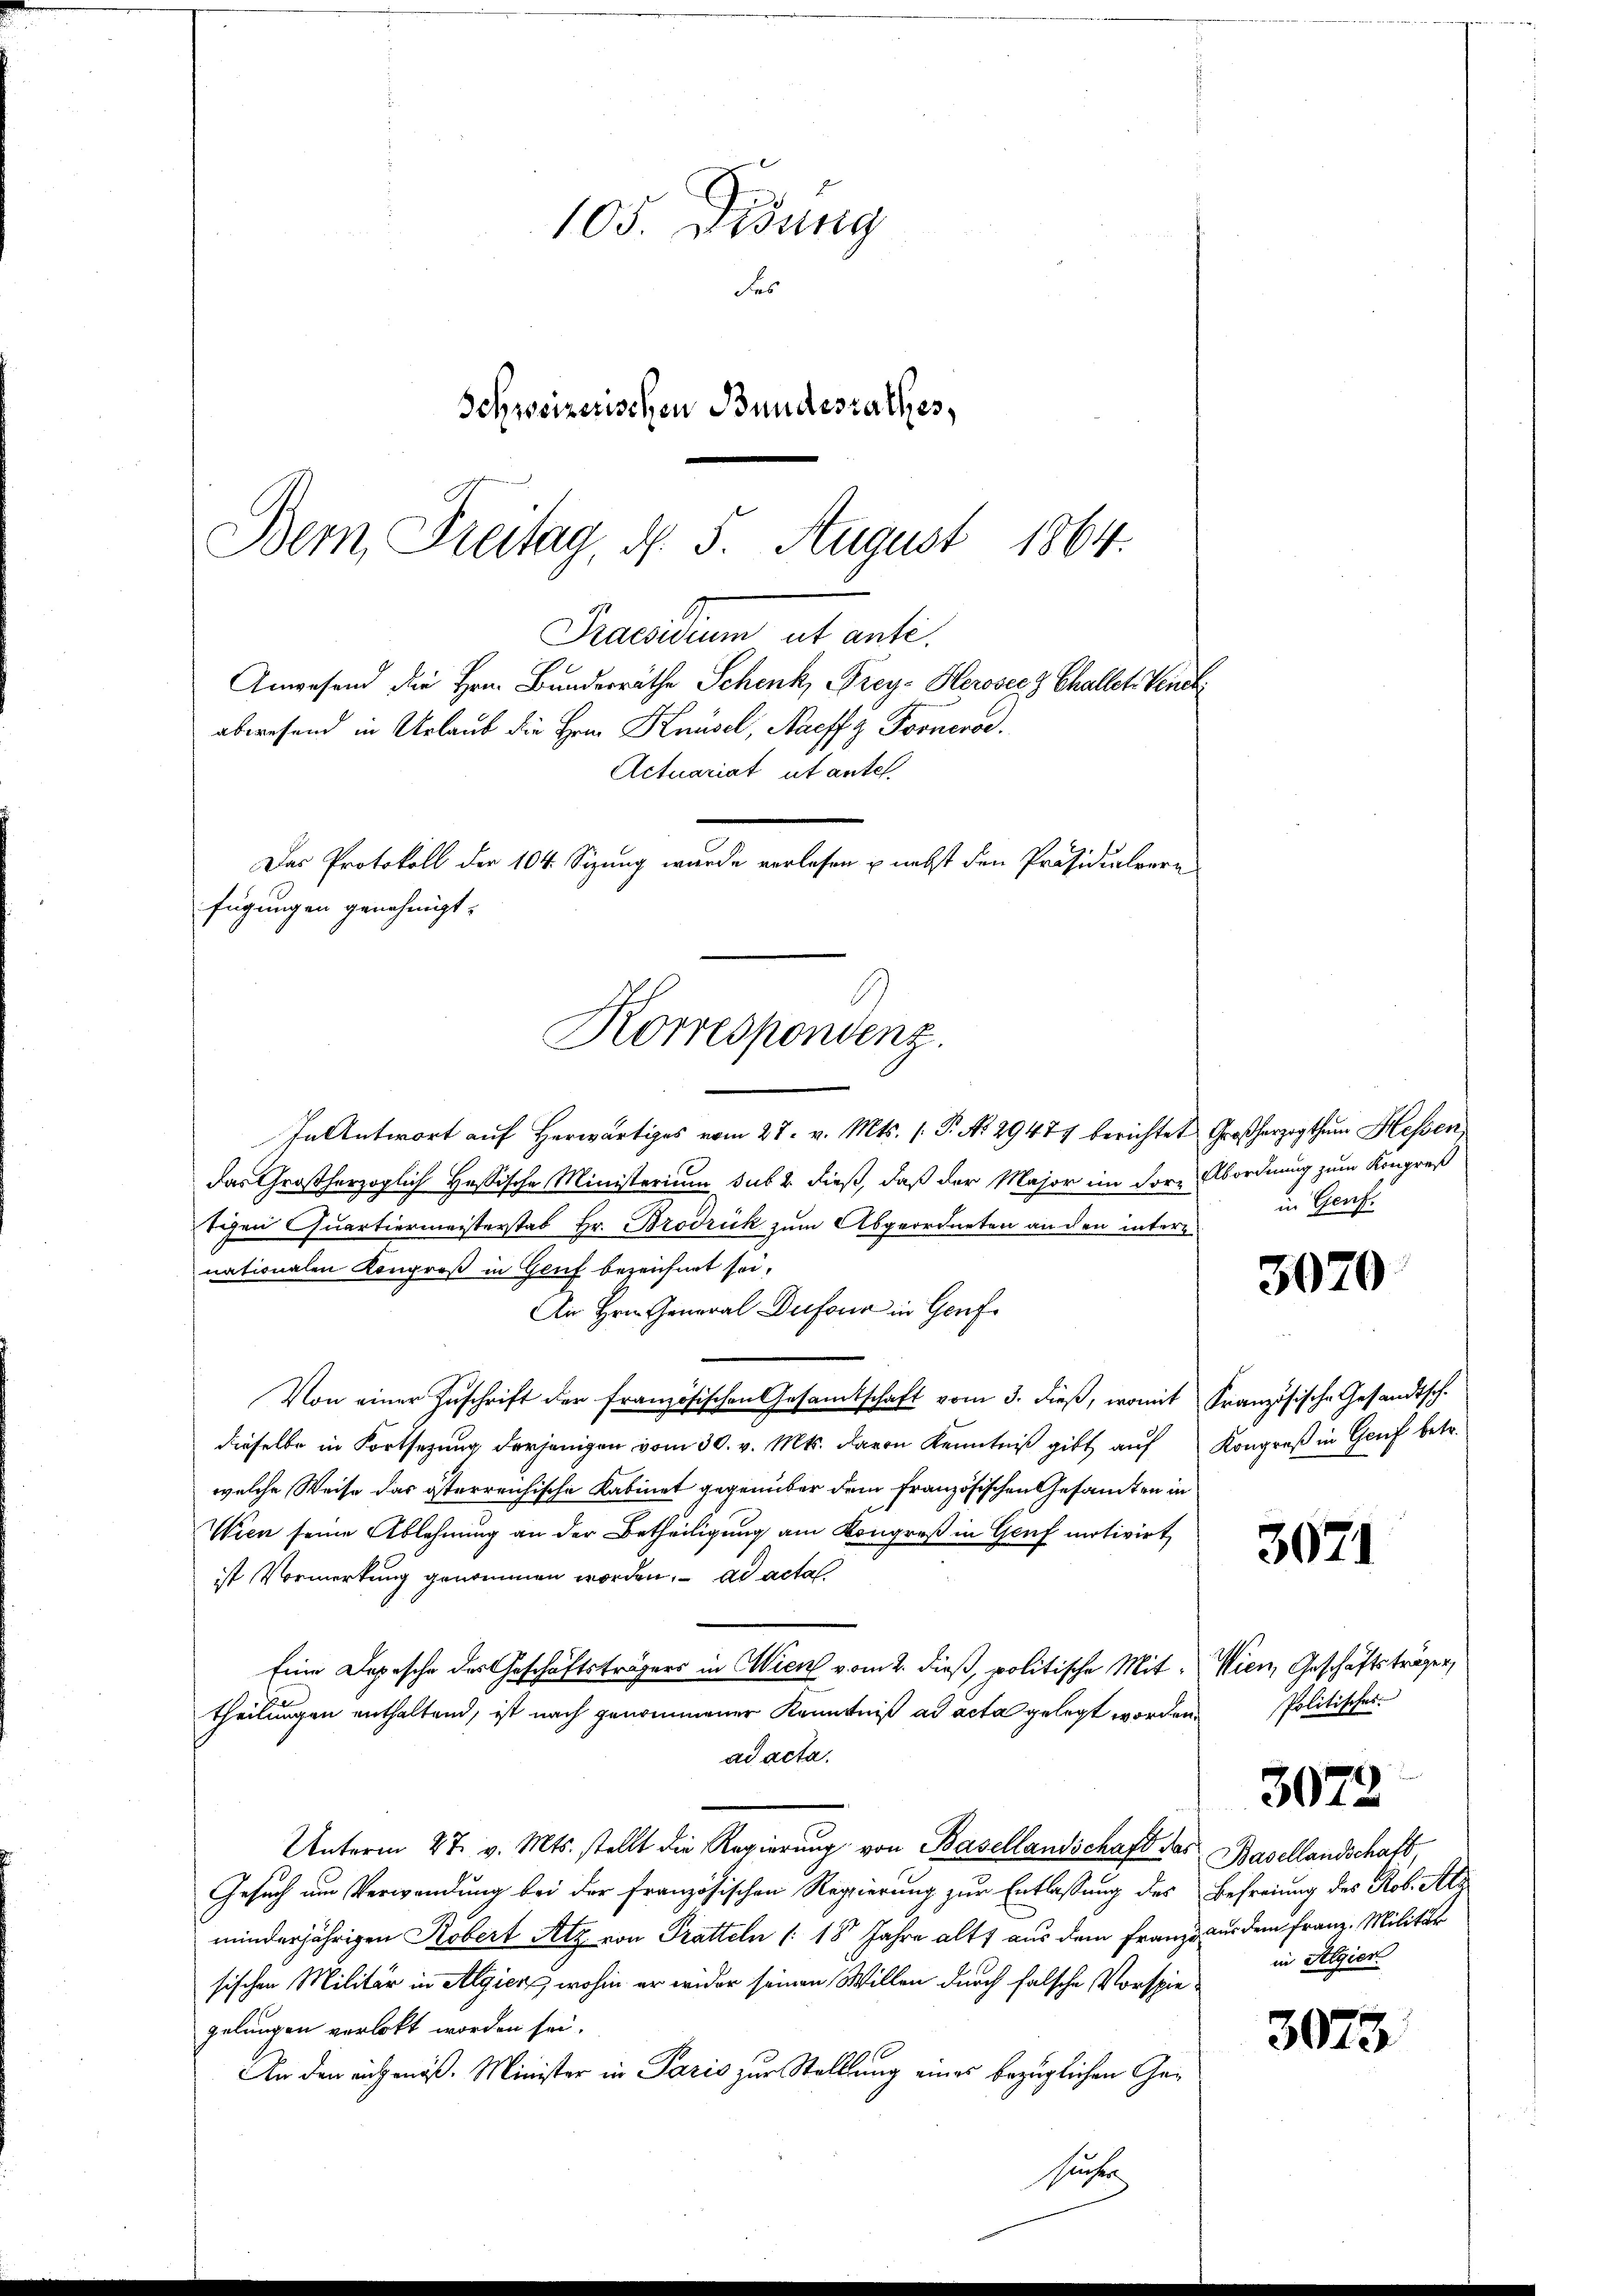
Praesidium et anti
abwesend in Urlaub die Hrn. Knüsel, Naeffz Pooneros.
Das Protokoll der 104 Sizung wurde verlesen u. nebst den Präsidialvere
fügungen genehmigt.
Korrespondenz.

105. Didung
des
Schweizerischen Bundesrathes,
Bern Freitag, d. 5. August 1864.

Anwesend die Hrn. Bundesräthe Schenk, Frey- Herosecz Challet Venedi
Actuariat ut antes.

In Antwort auf herwärtiges vom 27. v. Mts. (T. No 29477 berichtet Großherzogthum Hessen
das Großherzoglich Hassische Ministerium sub 2. dieß, daß der Major im Forz Abordnung zum Kongreß
tigen Quartiermeisterstab Hr. Brodrück zum Abgeordneten an den intere
nationalen Kongroß in Gluf bezeichnet sei,
Ain Hrn. General Dufour in Genf
Von einer Zŭschrift der französischen Gesamtschaft vom 3. dieß, womit Französische Gesandtsch.
dieselbe in Fortsetzung derjenigen vom 30. v. Mts. davon Kenntniß gibt auf Kongreß in Genf betr.
welche Weise das österreichische Kabinet gegenüber dem französischen Gesamten in
Wien seine Ablehnung an der Betheiligung am Kongroß in Genf motivirt,
ist Vormerkung genommen worden. ad acta
Eine Depesche des Geschäftsträgers in Wien vom 2. dieß, politische Mittheilungen enthaltend, ist nach genommener Kenntniß ad acta gelegt worden.
ad acta.
Unterm 27. v. Mts. stellt die Regierŭng von Basellandschaft das Basellandschaft,
Gesuch um Verwandung bei der französischen Regierung zur Entlassung des Befreiung des Rob. Als
minderjährigen Köbert Atz von Pratteln (18 Jahre alt aus dem Franze aus dem Franz. Militär
sischen Militär in Algier, wohin er wider seinen Willen durch falsche Vorspiegelungen verlobt worden sei.
An den eingenöß. Minister in Paris zur Stellung eines bezüglichen Ge¬
Her

in Genf.

3070

3071

Wien, Geschäftsträgen,
Politisches.

3073

in Algier

3073